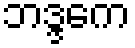
ဘဒ္ဒကေ